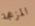
المزعجة